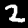
Digit: 2